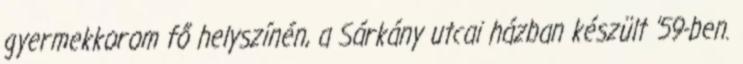
gyermekkorom fő helyszínén, a Sárkány utcai házban készült ’59-ben.